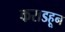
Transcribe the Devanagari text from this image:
कराडहून